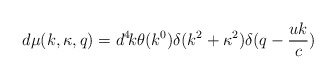
\begin{align*}d\mu(k,\kappa,q)=d^4\!k\theta(k^0)\delta(k^2+\kappa^2)\delta(q-\frac{uk}{c})\end{align*}